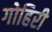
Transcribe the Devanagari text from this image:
गोहिरी